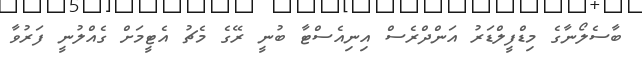
ބާސެލޯނާގެ މިޑްފީލްޑަރު އަންދްރެސް އިނިއެސްޓާ ބުނީ ރޭގެ މެޗު އެޓީމަށް ގެއްލުނީ ފަރުވާ